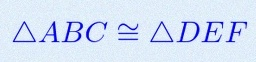
\triangle ABC\cong\triangle DEF